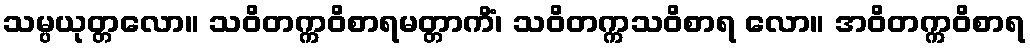
သမ္ပယုတ္တလော။ သဝိတက္ကဝိစာရမတ္တာကိံ၊ သဝိတက္ကသဝိစာရ လော။ အဝိတက္ကဝိစာရ